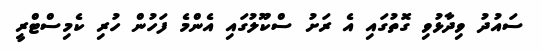
ސައުދު ވިދާޅުވި ގޮތުގައި އެ ރަށު ސްކޫލުގައި އެންމެ ފަހުން ހުރި ކެމިސްޓްރީ